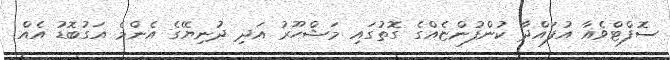
ސޮފްޓްވެއާ އުފައްދާ ކުންފުންޏެއްގެ ގޮތުގައި މަޝްހޫރު އަދި ދުނިޔޭގެ އެންމެ އަގުބޮޑު އެއް